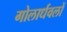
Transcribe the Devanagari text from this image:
गोलार्धवलों